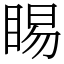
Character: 睗